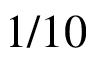
1 / 1 0